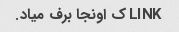
LINK ک اونجا برف میاد.